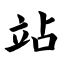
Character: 站